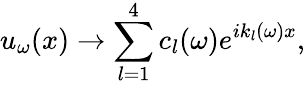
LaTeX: u_{\omega}(x)\rightarrow\sum_{l=1}^{4}c_{l}(\omega)e^{ik_{l}(\omega)x},